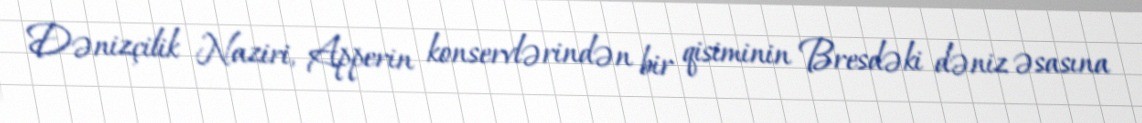
Dənizçilik Naziri, Apperin konservlərindən bir qisiminin Bresdəki dəniz əsasına